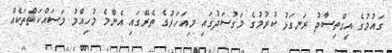
ގައުމުގެ އިގްތިސާދު ރަނގަޅު ކުރުމުގެ މަގުސަދުގައި މިއަހަރުގެ ތެރޭގައި އެންމެ މުހިއްމު މަސައްކަތްތަކެއް